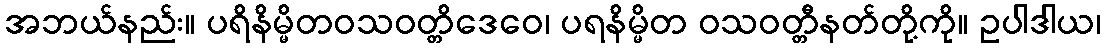
အဘယ်နည်း။ ပရိနိမ္မိတဝသဝတ္တိဒေဝေ၊ ပရနိမ္မိတ ဝသဝတ္တီနတ်တို့ကို။ ဥပါဒါယ၊